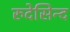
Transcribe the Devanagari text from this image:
रुदेसिन्द